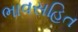
ભાવસહિત